Report on vaccination in the Province of Bengal - 1869-1873
Year: 1869
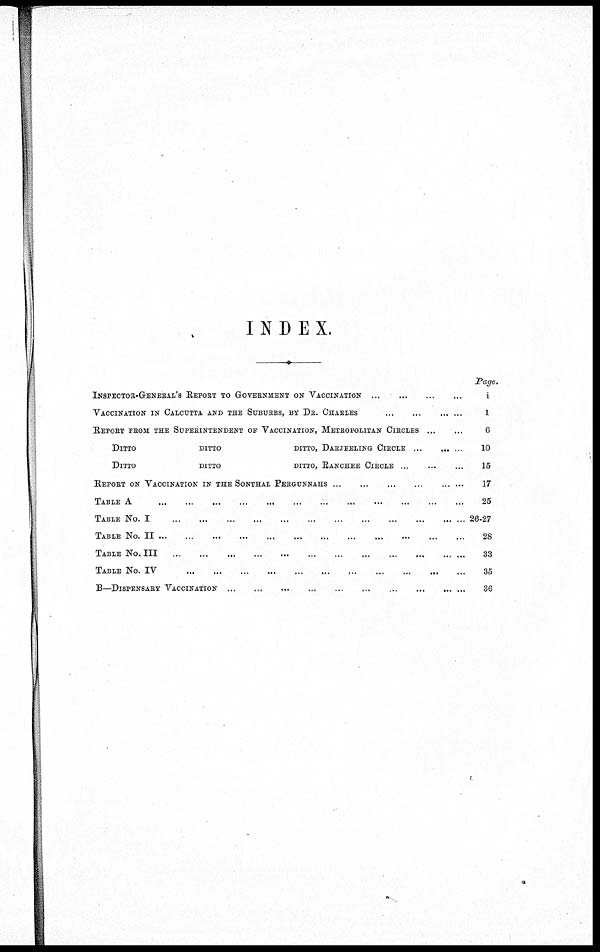
INDEX.
INSPECTOR-GENERAL'S REPORT TO GOVERNMENT ON VACCINATION
...
...
...
...
VACCINATION IN CALCUTTA AND THE SUBURBS, BY DR. CHARLES
...
......
...
...
REPORT FROM THE SUPERINTENDENT OF VACCINATION, METROPOLITAN CIRCLES ... ... ...
DITTO
DITTO
DITTO, DARJEELING CIRCLE
...
...
...
DITTO
DITTO
DITTO, RANCHEE CIRCLE
...
...
...
REPORT ON VACCINATION IN THE SONTHAL PERGUNNAHS
...
...
...
...
...
...
TABLE A
...
...
...
...
...
...
...
...
...
TABLE NO. I
...
...
...
...
...
...
...
...
TABLE NO. II
...
...
...
...
...
...
...
...
TABLE No. III
...
...
...
...
...
...
...
...
TABLE NO. IV
...
...
...
...
...
...
...
...
B—DISPENSARY VACCINATION
...
...
...
...
...
...
...
Page.
1
1
6
10
15
17
25
26-27
28
33
35
36